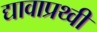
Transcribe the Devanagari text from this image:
द्यावाप्रथ्वी